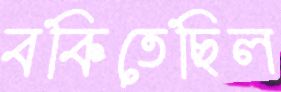
বকিতেছিল